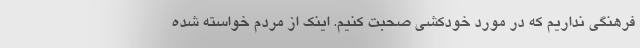
فرهنگی نداریم که در مورد خودکشی صحبت کنیم. اینک از مردم خواسته شده